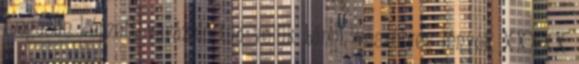
magasan képzett varázsló tud velük bánni, veszélyes lények XXXXX